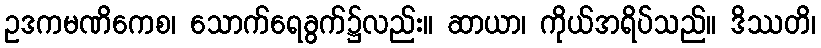
ဥဒကမဏိကေစ၊ သောက်ရေခွက်၌လည်း။ ဆာယာ၊ ကိုယ်အရိပ်သည်။ ဒိဿတိ၊